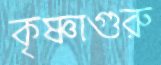
কৃষ্ণাগুরু